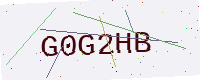
Text: G0G2HB